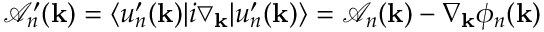
\mathcal { A } _ { n } ^ { \prime } ( \mathbf { k } ) = \langle u _ { n } ^ { \prime } ( \mathbf { k } ) | i \bigtriangledown _ { \mathbf { k } } | u _ { n } ^ { \prime } ( \mathbf { k } ) \rangle = \mathcal { A } _ { n } ( \mathbf { k } ) - \nabla _ { \mathbf { k } } \phi _ { n } ( \mathbf { k } )